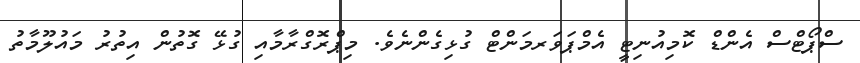
ސްޕޯޓްސް އެންޑް ކޮމިއުނިޓީ އެމްޕަވަރމަންޓް ގުޅިގެންނެވެ. މިޕްރޮގްރާމާއި ގުޅޭ ގޮތުން އިތުރު މައުލޫމާތު